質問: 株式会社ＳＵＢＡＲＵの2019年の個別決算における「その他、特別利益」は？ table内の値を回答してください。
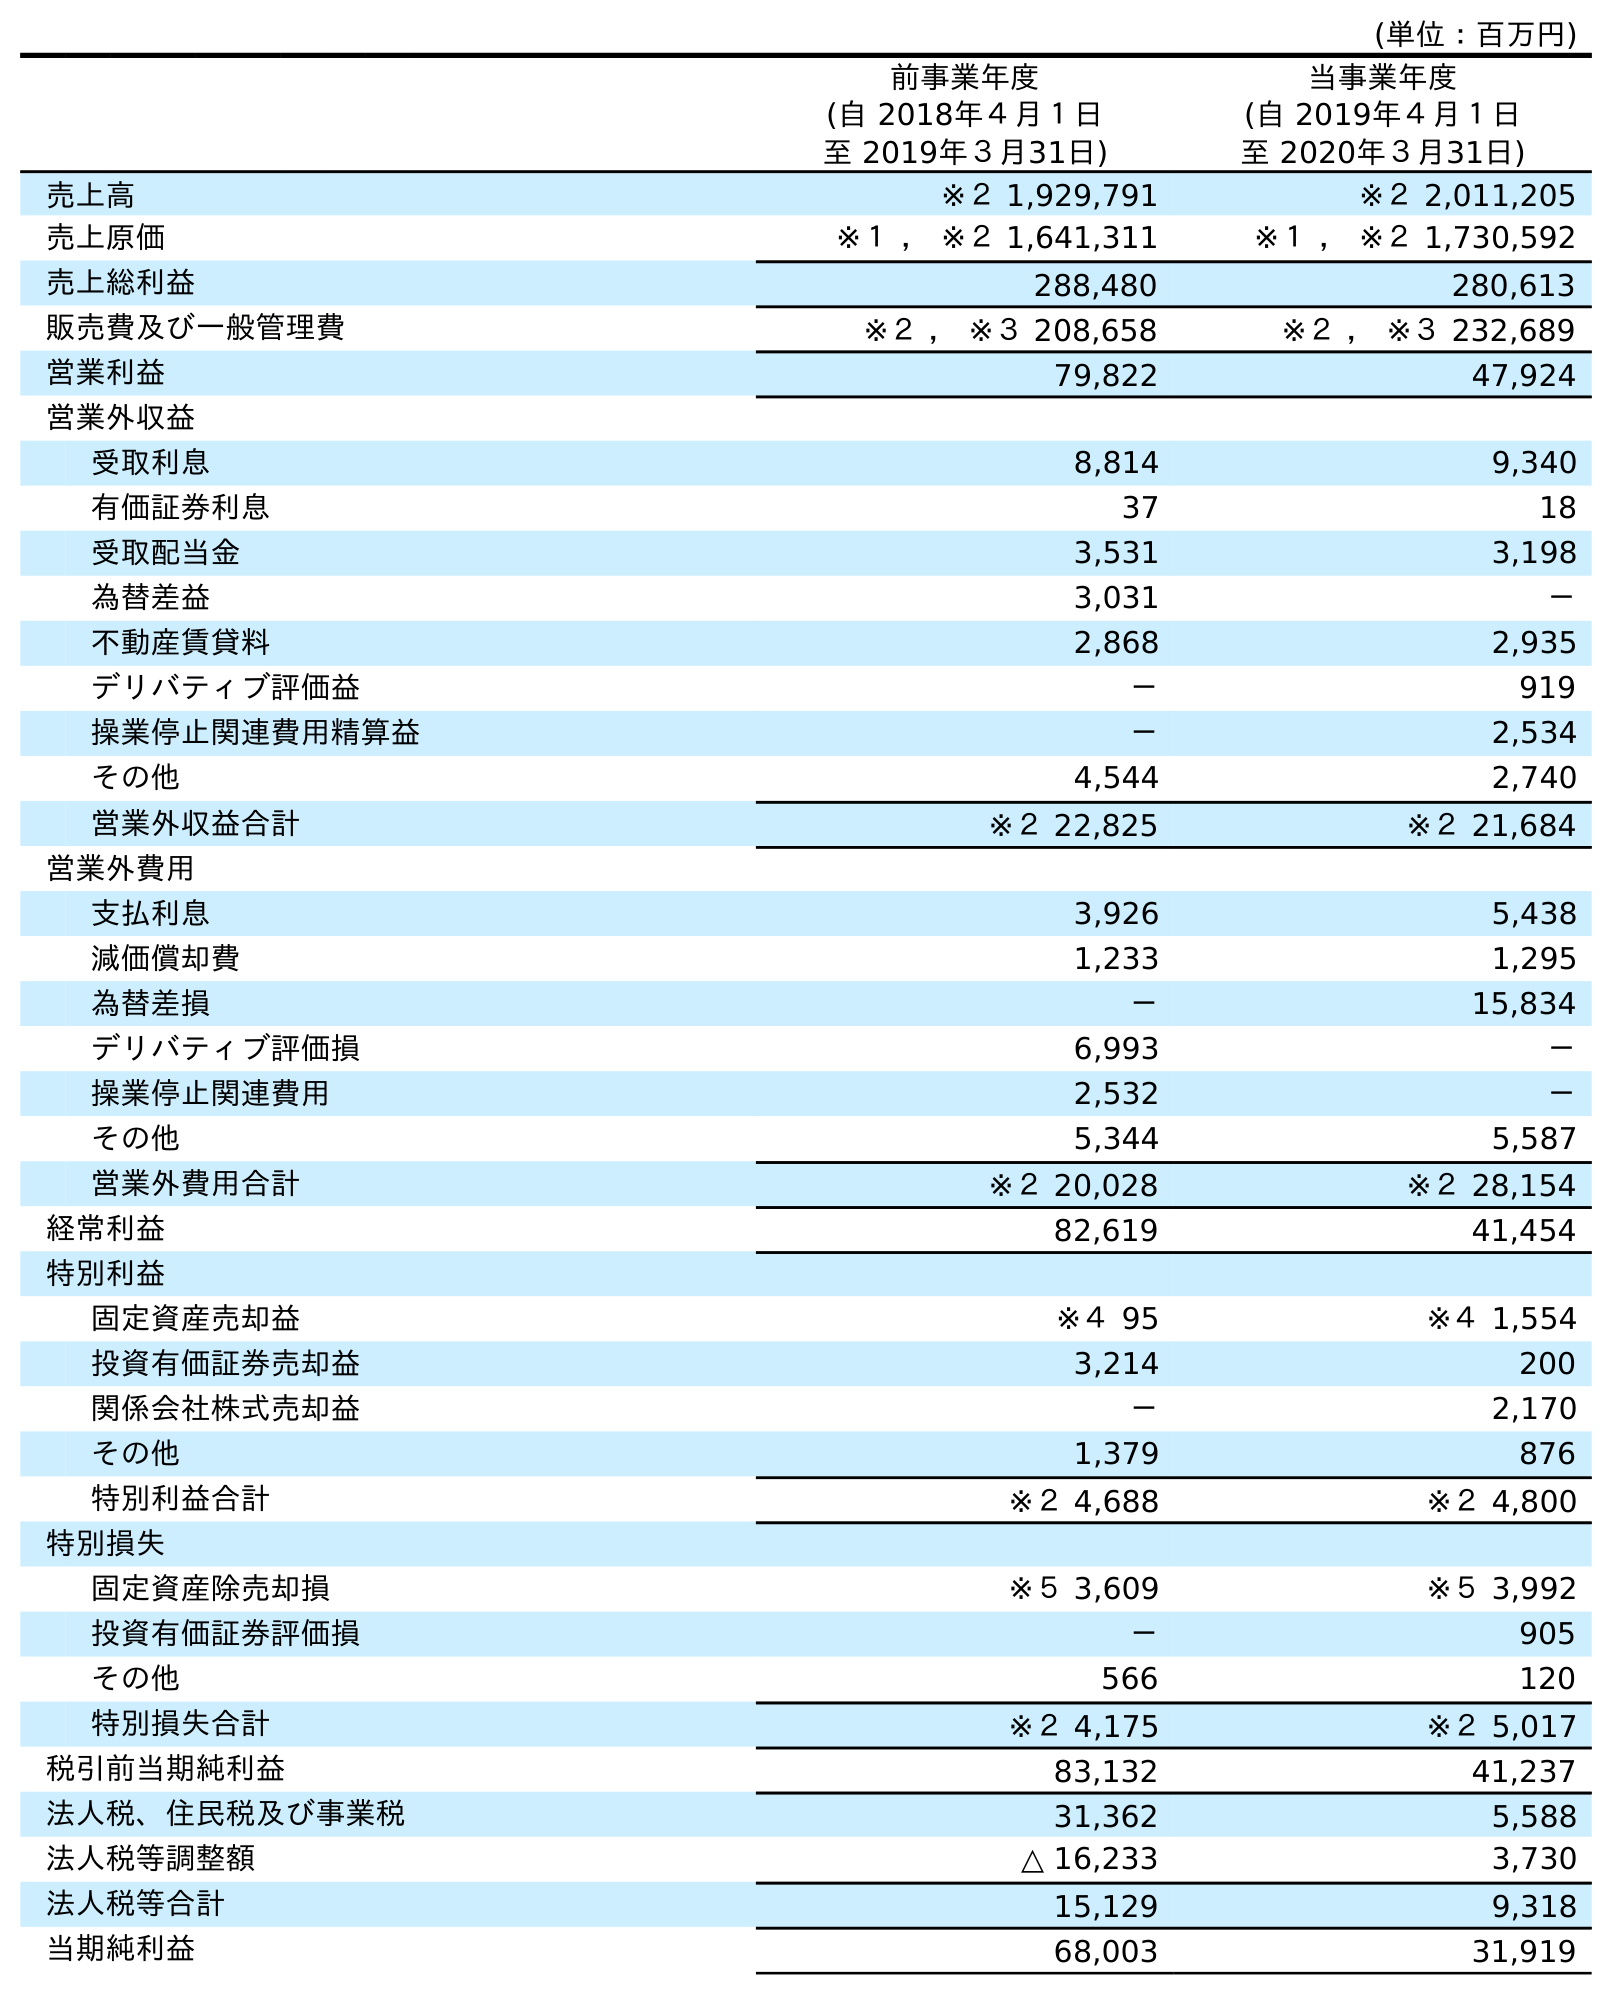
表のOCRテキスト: (単位：百万円) 前事業年度 (自 2018年４月１日 至 2019年３月31日) 当事業年度 (自 2019年４月１日 至 2020年３月31日) 売上高 ※２ 1,929,791 ※２ 2,011,205 売上原価 ※１ ， ※２ 1,641,311 ※１ ， ※２ 1,730,592 売上総利益 288,480 280,613 販売費及び一般管理費 ※２ ， ※３ 208,658 ※２ ， ※３ 232,689 営業利益 79,822 47,924 営業外収益 受取利息 8,814 9,340 有価証券利息 37 18 受取配当金 3,531 3,198 為替差益 3,031 － 不動産賃貸料 2,868 2,935 デリバティブ評価益 － 919 操業停止関連費用精算益 － 2,534 その他 4,544 2,740 営業外収益合計 ※２ 22,825 ※２ 21,684 営業外費用 支払利息 3,926 5,438 減価償却費 1,233 1,295 為替差損 － 15,834 デリバティブ評価損 6,993 － 操業停止関連費用 2,532 － その他 5,344 5,587 営業外費用合計 ※２ 20,028 ※２ 28,154 経常利益 82,619 41,454 特別利益 固定資産売却益 ※４ 95 ※４ 1,554 投資有価証券売却益 3,214 200 関係会社株式売却益 － 2,170 その他 1,379 876 特別利益合計 ※２ 4,688 ※２ 4,800 特別損失 固定資産除売却損 ※５ 3,609 ※５ 3,992 投資有価証券評価損 － 905 その他 566 120 特別損失合計 ※２ 4,175 ※２ 5,017 税引前当期純利益 83,132 41,237 法人税、住民税及び事業税 31,362 5,588 法人税等調整額 △ 16,233 3,730 法人税等合計 15,129 9,318 当期純利益 68,003 31,919
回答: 1,379